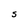
Character: S